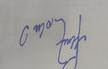
Signature authenticity: forged